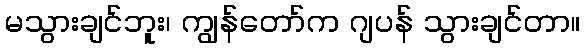
မသွားချင်ဘူး၊ ကျွန်တော်က ဂျပန် သွားချင်တာ။